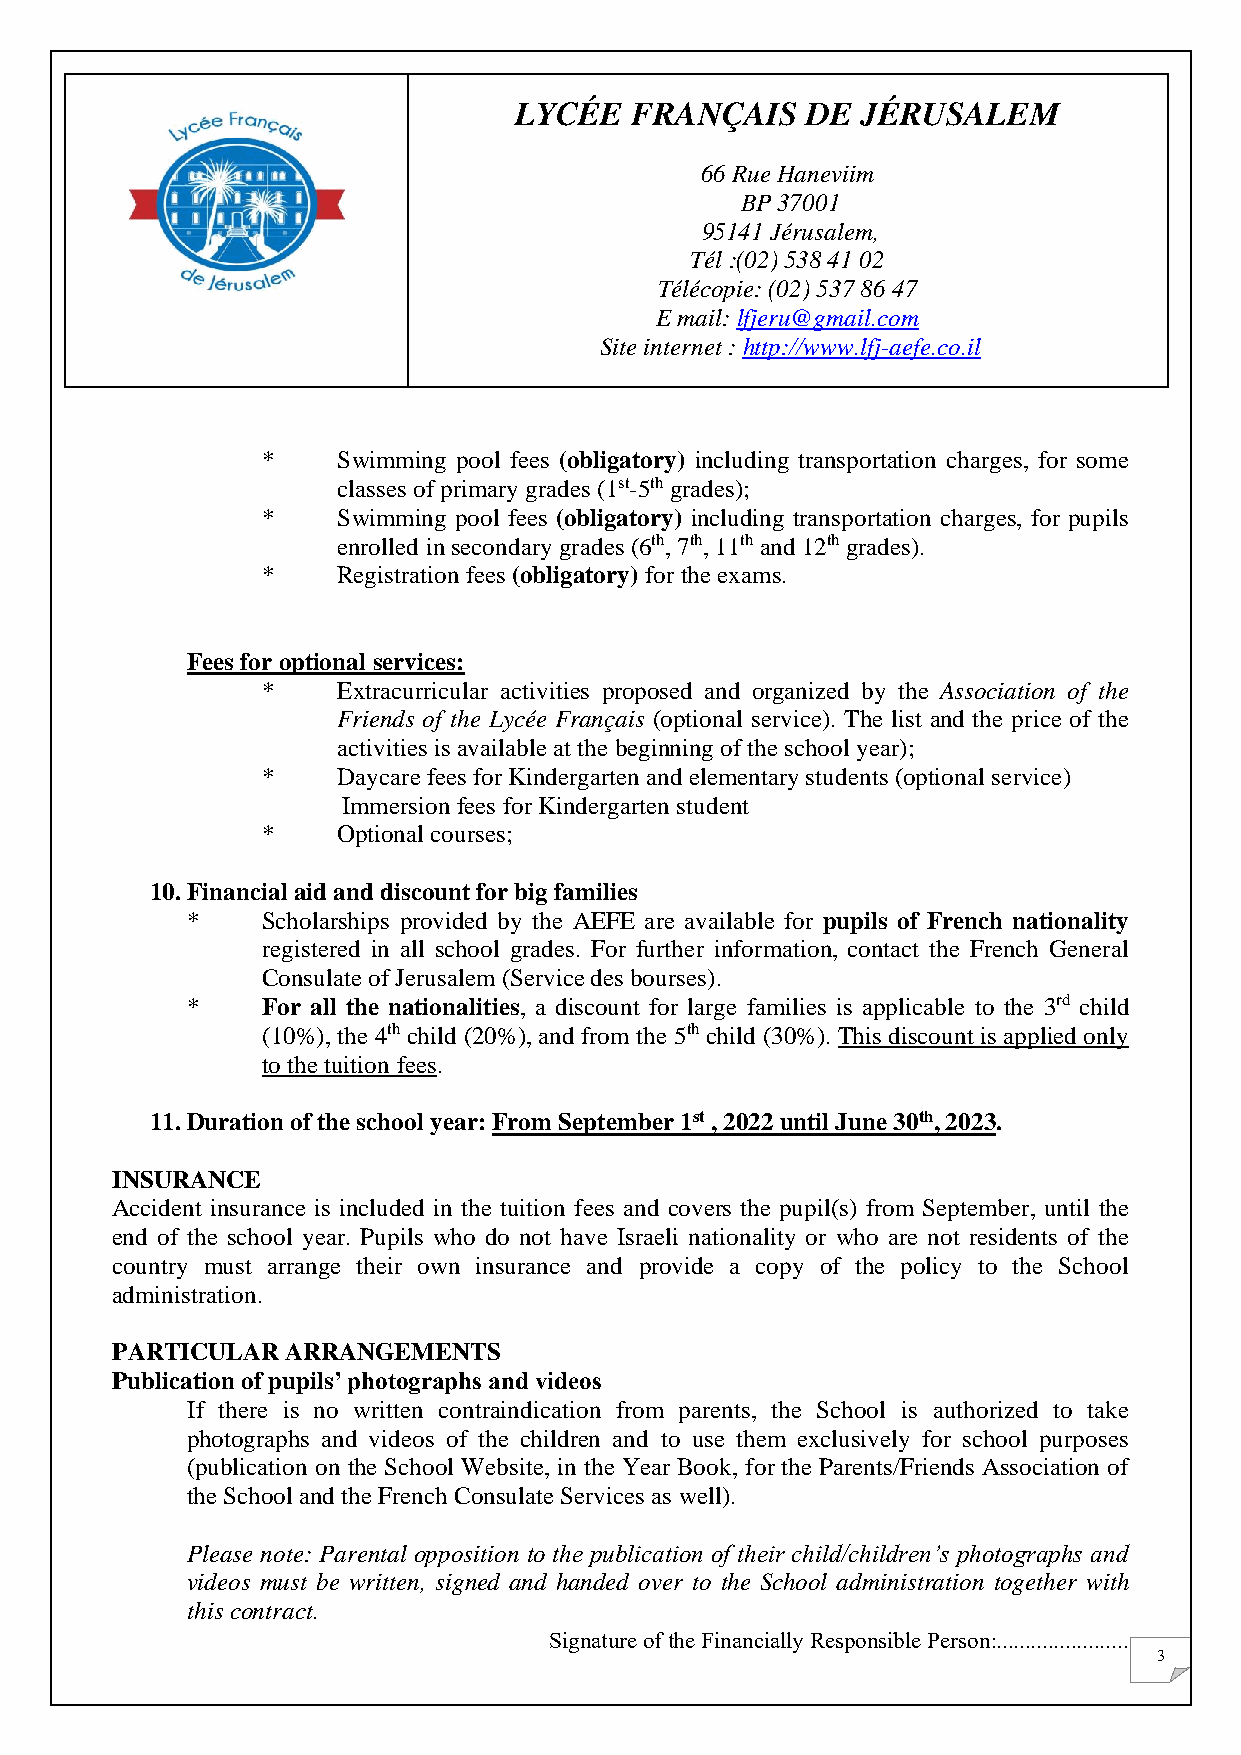
LYCÉE   FRANÇAIS   DE  JÉRUSALEM
 66 Rue Haneviim
 BP 37001
 95141 Jérusalem,
 Tél :(02) 538 41 02
 Télécopie: (02) 537 86 47
 E mail: lfjeru@gmail.com
 Site internet : http://www.lfj-aefe.co.il
 *    Swimming pool fees (obligatory) including transportation charges, for some
 classes of primary grades (1st-5th grades);
 *    Swimming pool fees (obligatory) including transportation charges, for pupils
 enrolled in secondary grades (6th, 7th, 11th and 12th grades).
 *    Registration fees (obligatory) for the exams.
 Fees for optional services:
 *    Extracurricular activities proposed and organized by the Association of the
 Friends of the Lycée Français (optional service). The list and the price of the
 activities is available at the beginning of the school year);
 *    Daycare fees for Kindergarten and elementary students (optional service)
 Immersion fees for Kindergarten student
 *    Optional courses;
 10. Financial aid and discount for big families
 *    Scholarships provided by the AEFE are available for pupils of French nationality
 registered in all school grades. For further information, contact the French General
 Consulate of Jerusalem (Service des bourses).
 *    For all the nationalities, a discount for large families is applicable to the 3rd child
 (10%), the 4th child (20%), and from the 5th child (30%). This discount is applied only
 to the tuition fees.
 11. Duration of the school year: From September 1st , 2022 until June 30th, 2023.
 INSURANCE
 Accident insurance is included in the tuition fees and covers the pupil(s) from September, until the
 end of the school year. Pupils who do not have Israeli nationality or who are not residents of the
 country must arrange their own insurance and provide a copy of the policy to the School
 administration.
 PARTICULAR  ARRANGEMENTS
 Publication of pupils’ photographs and videos
 If there is no written contraindication from parents, the School is authorized to take
 photographs and videos of the children and to use them exclusively for school purposes
 (publication on the School Website, in the Year Book, for the Parents/Friends Association of
 the School and the French Consulate Services as well).
 Please note: Parental opposition to the publication of their child/children’s photographs and
 videos must be written, signed and handed over to the School administration together with
 this contract.
 Signature of the Financially Responsible Person:.......................
 3